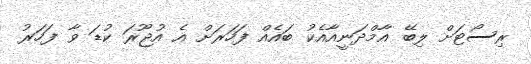
ރިސޯޓަށް ލިބޭ އާމްދަނީއާއެކު ބައެއް ފަހަރަށް އެ އުޖޫރަ ކުޑަ ވާ ފަހަރު